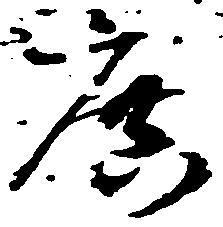
庶